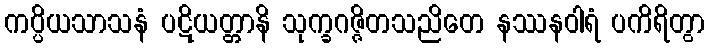
ကပ္ပိယသာသနံ ပဋိယတ္တာနိ သုက္ခဂဇ္ဇိတသညိတေ နဿနဝါရံ ပကိရိတွာ